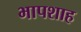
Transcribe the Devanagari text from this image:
भापशाह